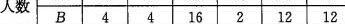
人数 B 4 4 16 2 12 12